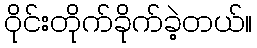
ဝိုင်းတိုက်ခိုက်ခဲ့တယ်။